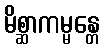
မိစ္ဆာကမ္မန္တေ